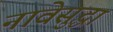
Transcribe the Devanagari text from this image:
नावेसुद्धा